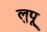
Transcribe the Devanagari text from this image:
लुपू